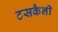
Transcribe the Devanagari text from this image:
टसकैनी